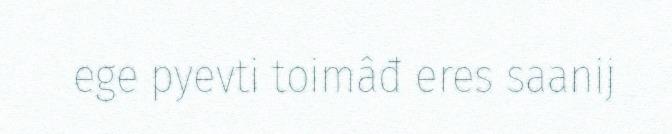
ege pyevti toimâđ eres saanij